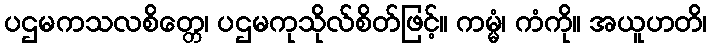
ပဌမကသလစိတ္တေ၊ ပဌမကုသိုလ်စိတ်ဖြင့်။ ကမ္မံ၊ ကံကို။ အယူဟတိ၊